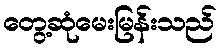
တွေ့ဆုံမေးမြန်းသည်